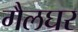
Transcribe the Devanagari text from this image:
गैलघर